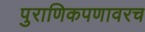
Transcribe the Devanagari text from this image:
पुराणिकपणावरच